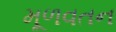
મૂળવતન